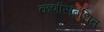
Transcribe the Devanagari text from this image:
कणांंसंबंधित